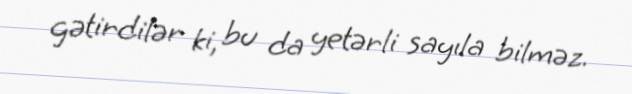
gətirdilər ki, bu da yetərli sayıla bilməz.